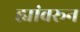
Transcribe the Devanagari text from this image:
ह्यांवरून